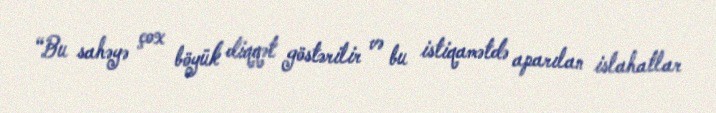
“Bu sahəyə çox böyük diqqət göstərilir və bu istiqamətdə aparılan islahatlar